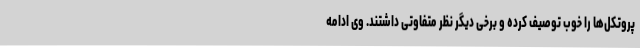
پروتکل‌ها را خوب توصیف کرده و برخی دیگر نظر متفاوتی داشتند. وی ادامه